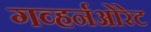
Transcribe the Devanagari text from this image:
गव्हर्नओरेट